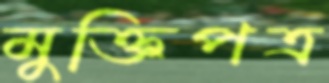
মুক্তিপত্র